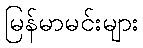
မြန်မာမင်းများ